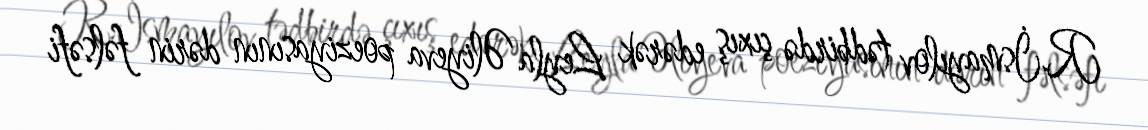
R.İsmayılov tədbirdə çıxış edərək Leyla Əliyeva poeziyasının dərin fəlsəfi